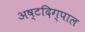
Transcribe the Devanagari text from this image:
अष्टदिग्पाल